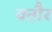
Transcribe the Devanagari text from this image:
वतौर